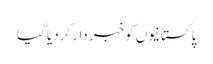
پاکستانیوں کو خبر دار کردیا گیا